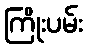
ကြိုးပမ်း